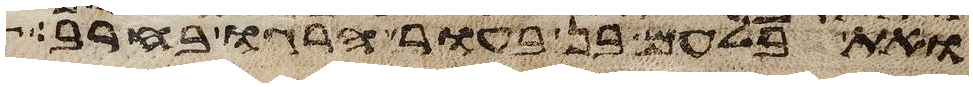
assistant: ואת בלעם בן בעור הרגו בחרב